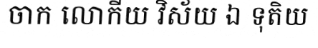
ចាក លោកីយ វិស័យ ឯ ទុតិយ